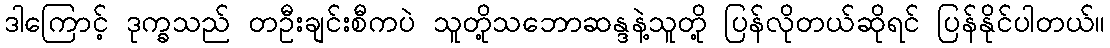
ဒါကြောင့် ဒုက္ခသည် တဦးချင်းစီကပဲ သူတို့သဘောဆန္ဒနဲ့သူတို့ ပြန်လိုတယ်ဆိုရင် ပြန်နိုင်ပါတယ်။